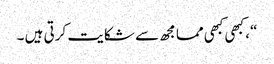
“، کبھی کبھی مما مجھ سے شکایت کرتی ہیں ۔